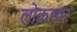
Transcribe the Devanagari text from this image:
लोकस्वर